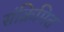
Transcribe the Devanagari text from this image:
संक्रिमित